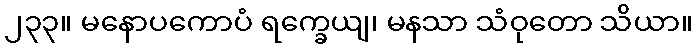
၂၃၃။ မနောပကောပံ ရက္ခေယျ၊ မနသာ သံဝုတော သိယာ။